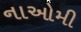
નાઓમી